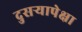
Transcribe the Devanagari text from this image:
दुसऱ्यापेक्षा